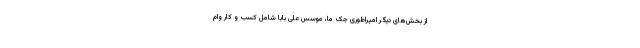
از بخش‌های دیگر امپراطوری جک ما، موسس علی بابا شامل کسب و کار وام